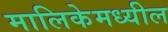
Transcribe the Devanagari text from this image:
मालिकेमध्यील